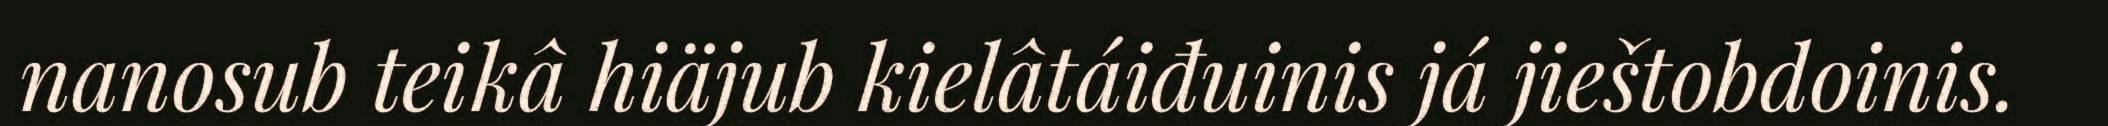
nanosub teikâ hiäjub kielâtáiđuinis já jieštobdoinis.